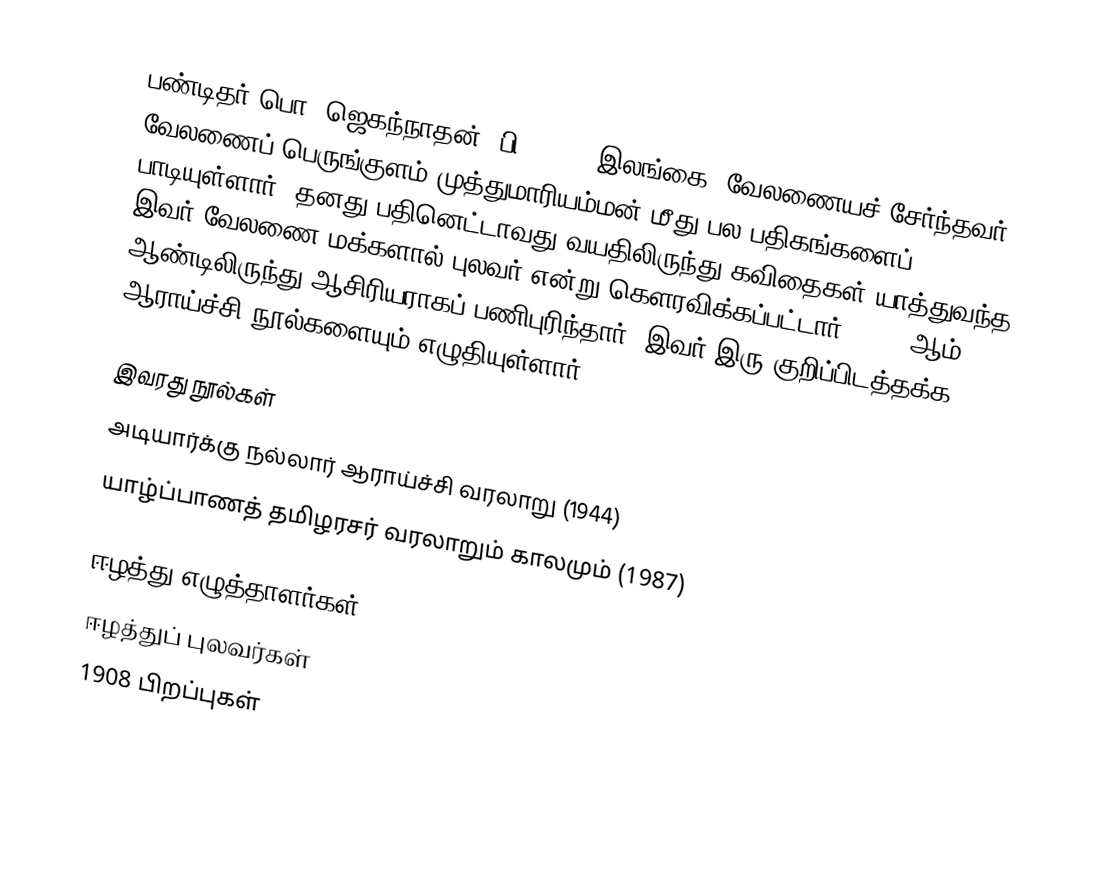
பண்டிதர் பொ. ஜெகந்நாதன் (பி. 1908) இலங்கை, வேலணையச் சேர்ந்தவர். வேலணைப் பெருங்குளம் முத்துமாரியம்மன் மீது பல பதிகங்களைப் பாடியுள்ளார். தனது பதினெட்டாவது வயதிலிருந்து கவிதைகள் யாத்துவந்த இவர் வேலணை மக்களால் புலவர் என்று கௌரவிக்கப்பட்டார். 1933 ஆம் ஆண்டிலிருந்து ஆசிரியராகப் பணிபுரிந்தார். இவர் இரு குறிப்பிடத்தக்க ஆராய்ச்சி நூல்களையும் எழுதியுள்ளார்.

இவரது நூல்கள்
 அடியார்க்கு நல்லார் ஆராய்ச்சி வரலாறு (1944)
 யாழ்ப்பாணத் தமிழரசர் வரலாறும் காலமும் (1987)

ஈழத்து எழுத்தாளர்கள்
ஈழத்துப் புலவர்கள்
1908 பிறப்புகள்